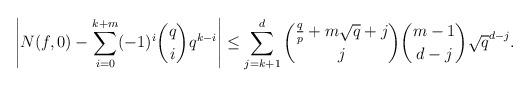
LaTeX: \begin{align*}\left|N(f, 0)-\sum_{i=0}^{k+m} (-1)^i {q \choose i}q^{k-i}\right|&\leq \sum_{j=k+1}^d{\frac {q}p+m\sqrt{q}+j \choose j}{m-1 \choose d-j} \sqrt{q}^{d-j}. \end{align*}